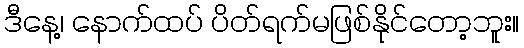
ဒီနေ့၊ နောက်ထပ် ပိတ်ရက်မဖြစ်နိုင်တော့ဘူး။